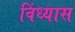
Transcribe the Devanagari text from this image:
विंध्यास